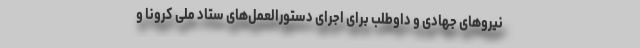
نیروهای جهادی و داوطلب برای اجرای دستورالعمل‌های ستاد ملی کرونا و